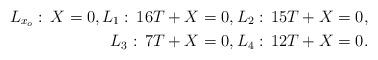
LaTeX: \begin{align*} L_{x_o}:\, X=0, L_{1}: \,16T+X=0, L_{2}: \,15T+X=0,\\ L_{3}: \,7T+X=0,L_{4}: \,12T+X=0. \end{align*}